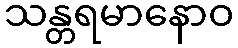
သန္တရမာနောဝ